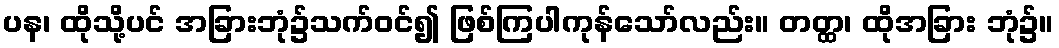
ပန၊ ထိုသို့ပင် အခြားဘုံ၌သက်ဝင်၍ ဖြစ်ကြပါကုန်သော်လည်း။ တတ္ထ၊ ထိုအခြား ဘုံ၌။